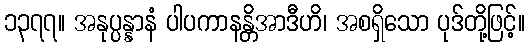
၁၃၇၇။ အနုပ္ပန္နာနံ ပါပကာနန္တိအာဒီဟိ၊ အစရှိသော ပုဒ်တို့ဖြင့်။